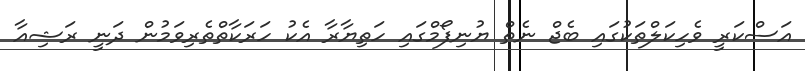
އަސްކަރީ ވެހިކަލްތަކުގައި ބެޖް ނެތް ޔުނިފޯމްގައި ހަތިޔާރާ އެކު ހަރަކާތްތެރިވަމުން ދަނީ ރަޝިއާ